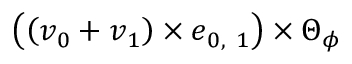
\left( \left( \boldsymbol { v } _ { 0 } + \boldsymbol { v } _ { 1 } \right) \times \boldsymbol { e } _ { 0 , \ 1 } \right) \times \boldsymbol { \Theta } _ { \phi }